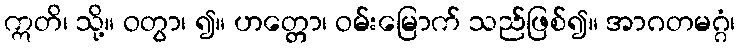
ဣတိ၊ သို့။ ဝတွာ၊ ၍။ ဟတ္တော၊ ဝမ်းမြောက် သည်ဖြစ်၍။ အာဂတမဂ္ဂံ၊